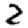
Digit: 2